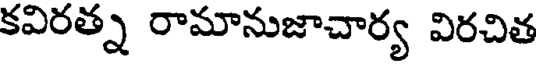
కవిరత్న రామానుజాచార్య విరచిత